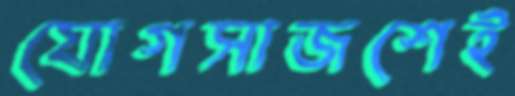
যোগসাজশেই